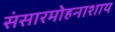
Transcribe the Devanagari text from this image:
संसारमोहनाशाय